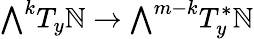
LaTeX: {\textstyle\bigwedge}^{k}T_{y}\mathbb{N}\to{\textstyle\bigwedge}^{m-k}T_{y}^{*}\mathbb{N}